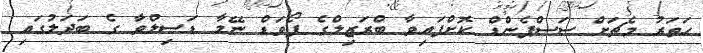
ހަތަރު މެޗަށް ސަސްޕެންޑް ކޮށްފައިވާ ބްރަޒިލްގެ ފޯވަޑް ނޭމާ ޑަސިލްވާ ގެ ބަދަލުގައި